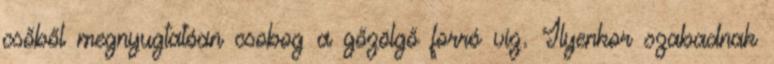
csőből megnyugtatóan csobog a gőzölgő forró víz. Ilyenkor szabadnak